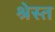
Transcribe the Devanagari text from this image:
श्रेस्त